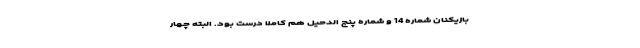
بازیکنان شماره 14 و شماره پنج الدحیل هم کاملاً درست بود. البته چهار